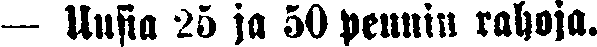
— Uusia 25 ja 50 pennin rahoja.